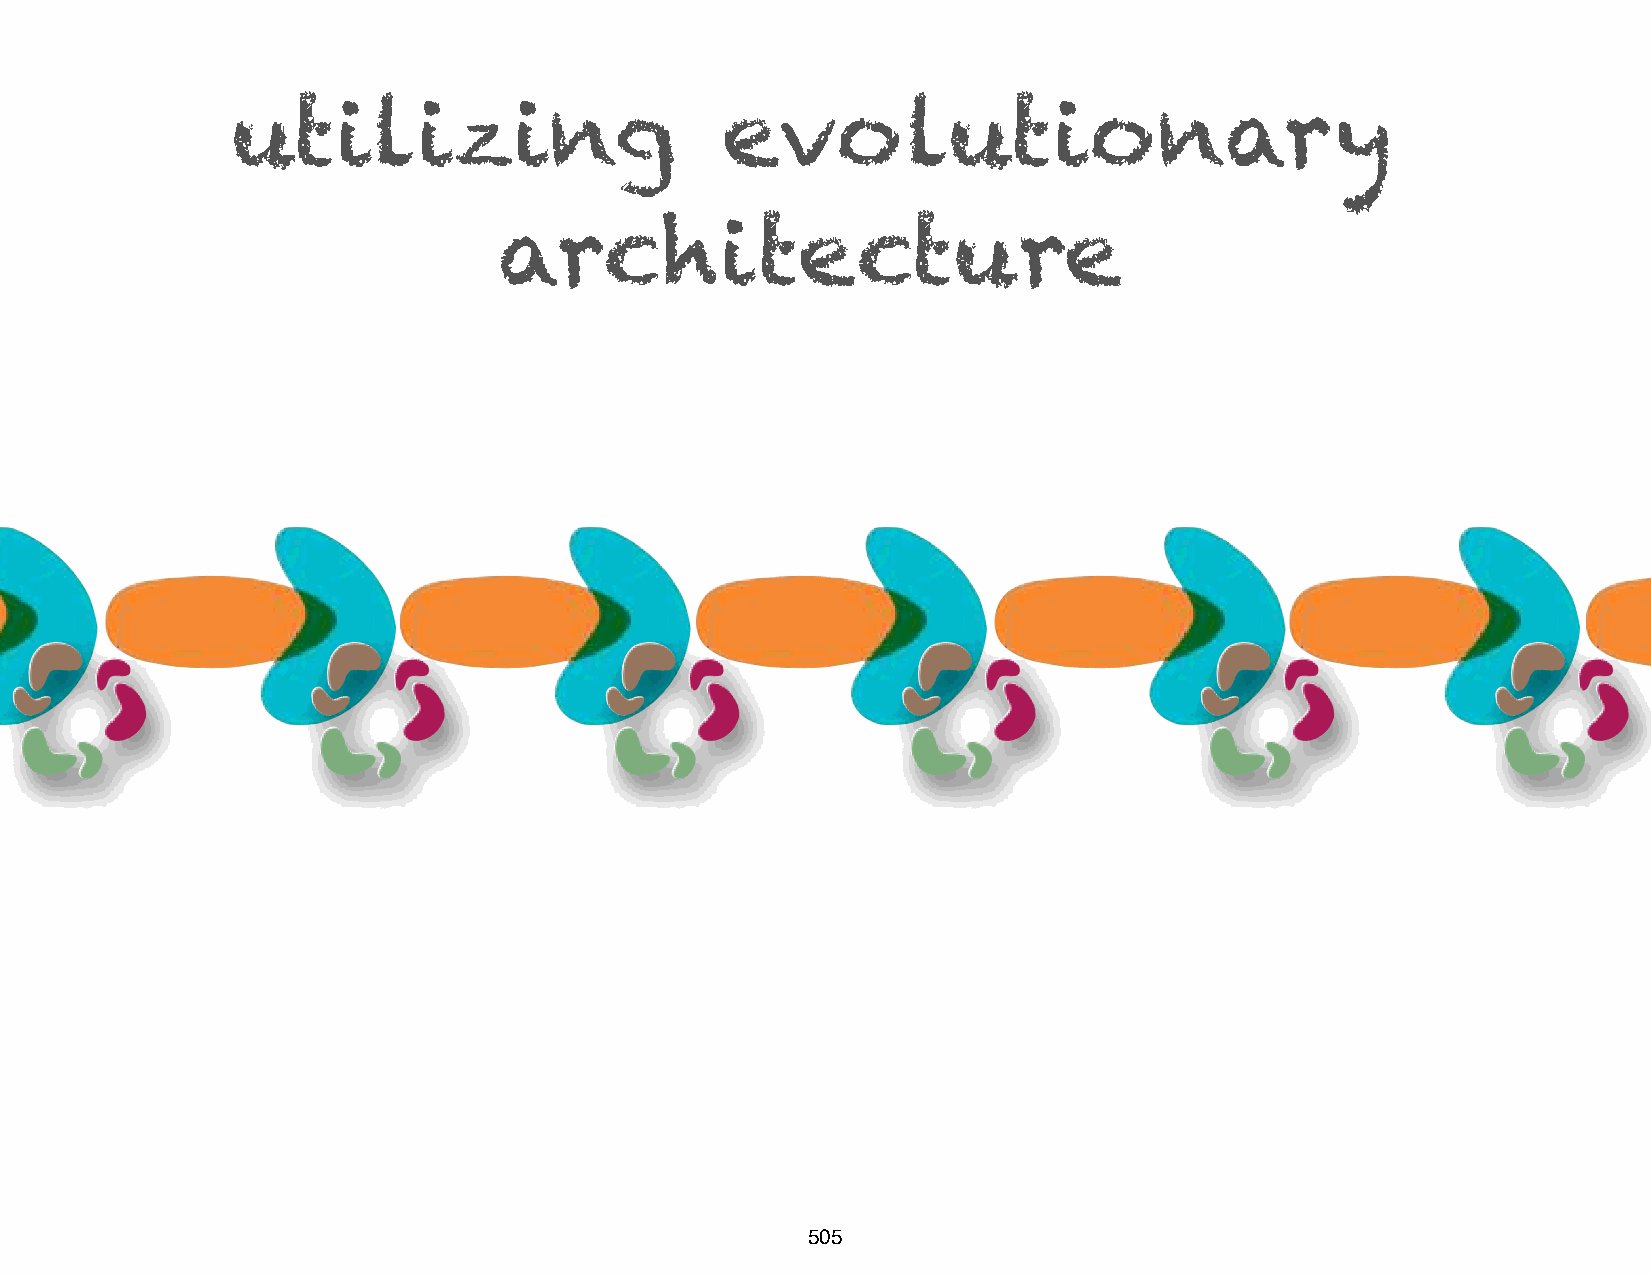
utilizing                        evolutionary
 architecture
 505